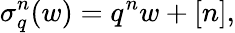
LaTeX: \sigma_{q}^{n}(w)=q^{n}w+[n],